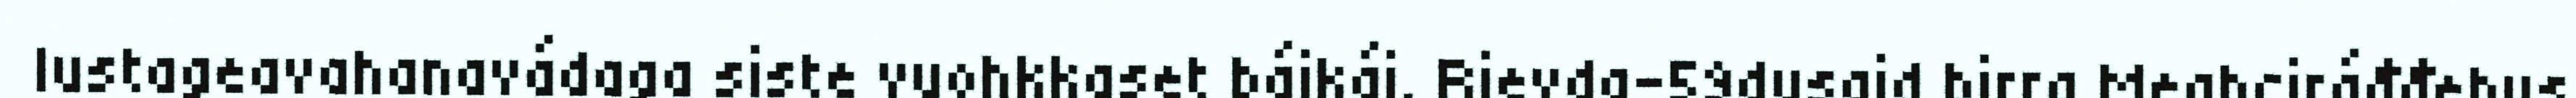
lustageavahanavádaga siste vuohkkaset báikái. Rievda-59dusaid birra Meahciráđđehus